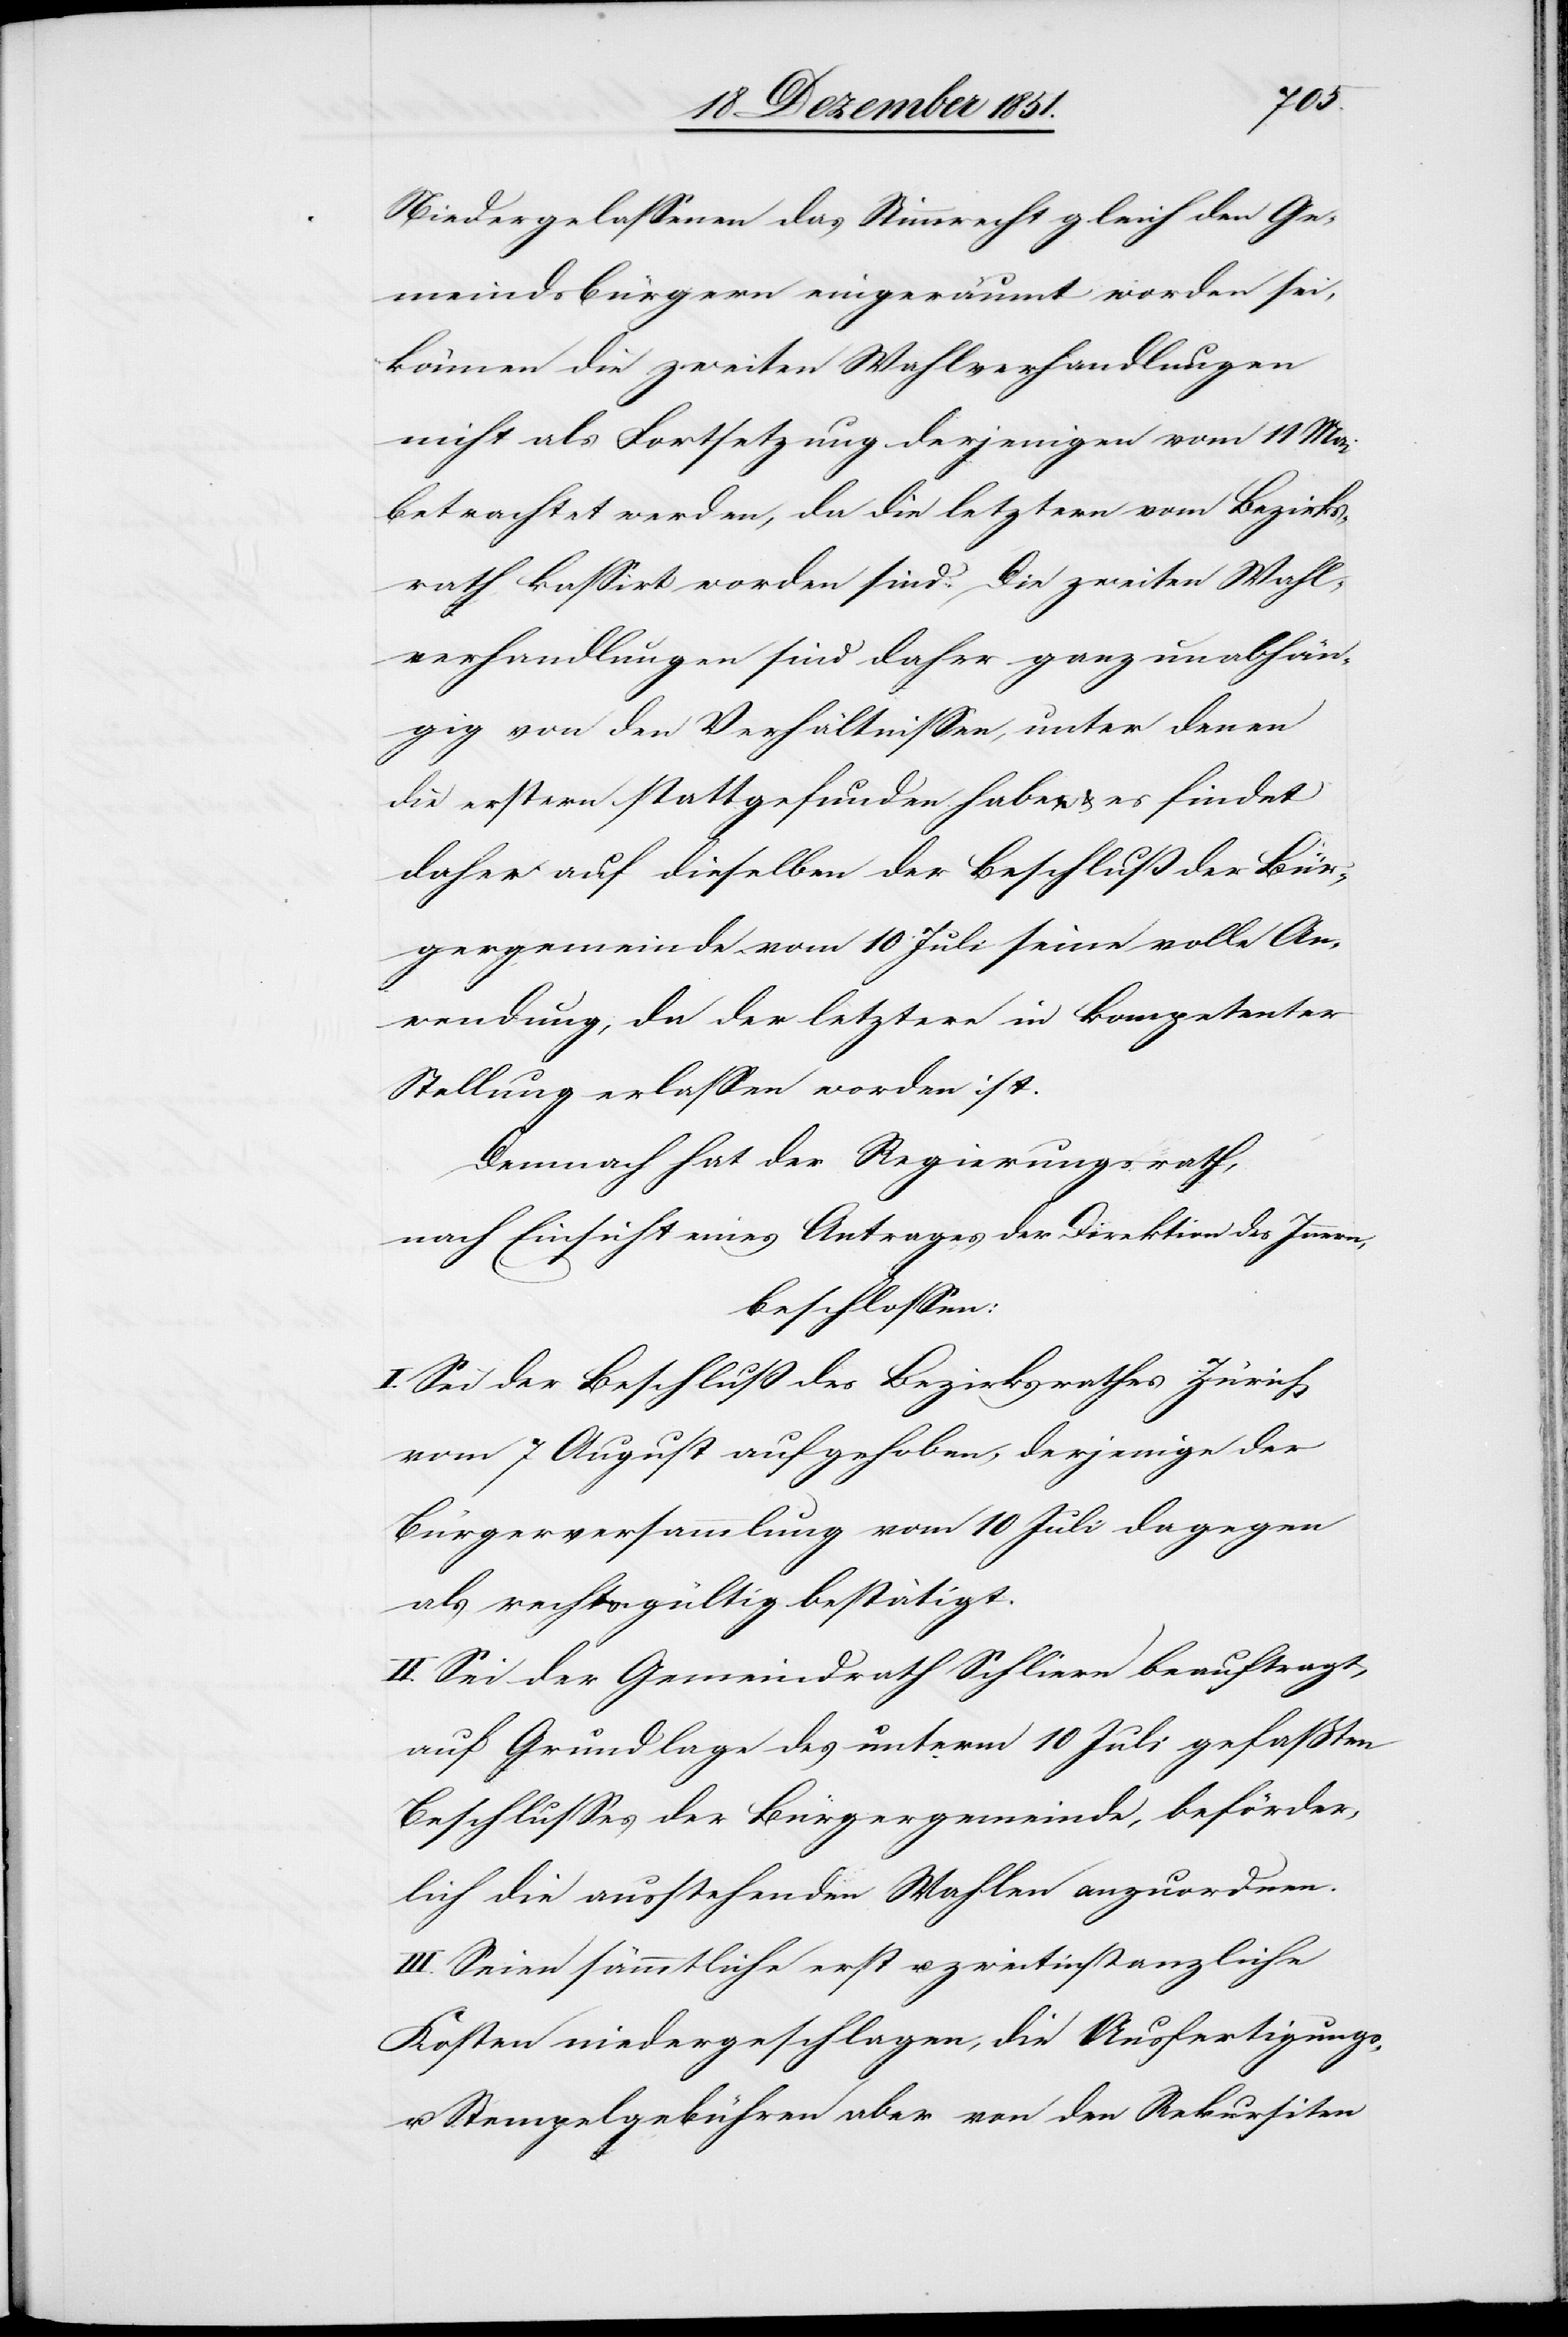
Niedergelassenen das Stimmrecht gleich den Ge¬
meindsbürgern eingeräumt worden sei,
können die zweiten Wahlverhandlungen
nicht als Fortsetzung derjenigen vom 11 Mai
betrachtet werden, da die letztern vom Bezirks¬
rath kassirt worden sind. Die zweiten Wahl¬
verhandlungen sind daher ganz unabhän¬
gig von den Verhältnissen, unter denen
die erstern stattgefunden haben & es findet
daher auf dieselben der Beschluß der Bür¬
gergemeinde vom 10 Juli seine volle An¬
wendung, da der letztere in kompetenter
Stellung erlassen worden ist.
Demnach hat der Regierungsrath,
nach Einsicht eines Antrages der Direktion des Innern,
beschlossen:
I. Sei der Beschluß des Bezirksrathes Zürich
vom 7 August aufgehoben, derjenige der
Bürgerversammlng vom 10 Juli dagegen
als rechtsgültig bestätigt.
II. Sei der Gemeindrath Schlier[e]n beauftragt,
auf Grundlage des unterm 10 Juli gefaßten
Beschlusses der Bürgergemeinde, beförder¬
lich die ausstehenden Wahlen anzuordnen.
III. Seien sämmtliche erst[-] u. zweitinstanzliche
Kosten niedergeschlagen, die Ausfertigungs-
u. Stempelgebühren aber von den Rekursiten